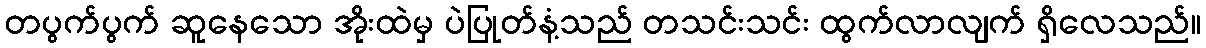
တပွက်ပွက် ဆူနေသော အိုးထဲမှ ပဲပြုတ်နံ့သည် တသင်းသင်း ထွက်လာလျက် ရှိလေသည်။